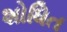
શોધિત